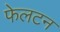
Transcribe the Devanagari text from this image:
फेलटन